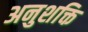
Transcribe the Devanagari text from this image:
अनुशक्ति